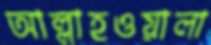
আল্লাহওয়ালা